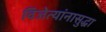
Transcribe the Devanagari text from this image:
विजेत्यांनासुद्धा